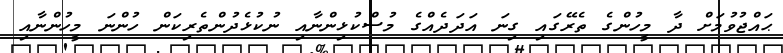
ޙައްޖުވުމަށް ދާ މީހުންގެ ތެރޭގައި ގިނަ އަދަދެއްގެ މުސްކުޅިންނާއި ނުކުޅެދުންތެރިކަން ހުންނަ މީހުންނާއި